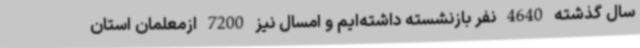
سال گذشته 4640 نفر بازنشسته داشته‌ایم و امسال نیز 7200 ازمعلمان استان